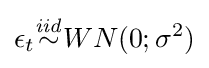
\epsilon _{t}{\stackrel {\mathit {iid}}{\sim }}WN(0;\sigma ^{2})